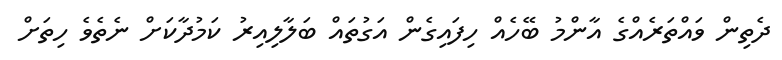
ދެތިން ވައްތަރެއްގެ އާންމު ބޭހެއް ހިފައިގެން އަގުތައް ބަލާލިއިރު ކަމުދާކަށް ނެތެވެ ހިތަށް